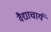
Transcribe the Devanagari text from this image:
वैद्याचार्य